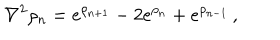
\nabla ^ { 2 } \rho _ { n } = e ^ { \rho _ { n + 1 } } - 2 e ^ { \rho _ { n } } + e ^ { \rho _ { n - 1 } } \, ,